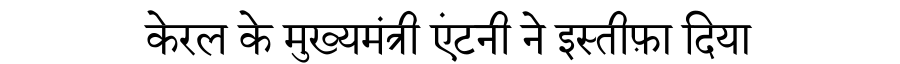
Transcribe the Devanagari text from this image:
केरल के मुख्यमंत्री एंटनी ने इस्तीफ़ा दिया